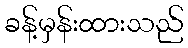
ခန့်မှန်းထားသည်